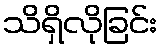
သိရှိလိုခြင်း